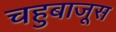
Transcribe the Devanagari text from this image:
चहुबाजूस